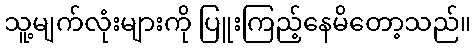
သူ့မျက်လုံးများကို ပြူးကြည့်နေမိတော့သည်။